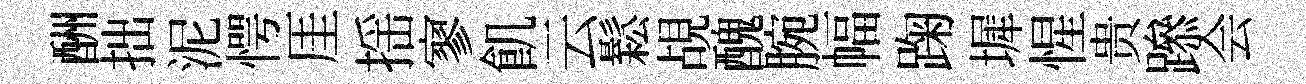
酬拙泥愕厓揺寥飢云鬆覘醜腕幅踘墀惺贵𨅶会